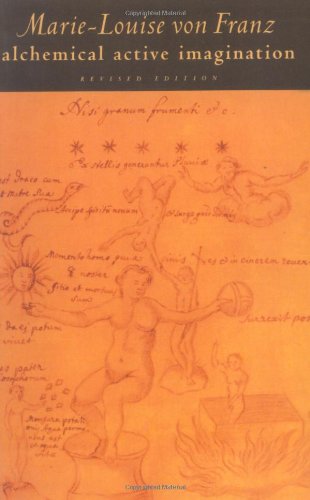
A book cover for Alchemical Active Imagination: Revised Edition (C. G. Jung Foundation Books); Marie-Louise von Franz; Medical Books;